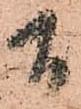
間